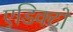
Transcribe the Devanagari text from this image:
एडिक्टों